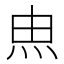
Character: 𰞅